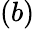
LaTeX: (b)